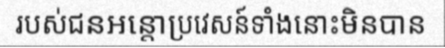
របស់ជនអន្តោប្រវេសន៍ទាំងនោះមិនបាន